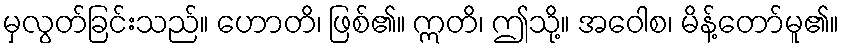
မှလွတ်ခြင်းသည်။ ဟောတိ၊ ဖြစ်၏။ ဣတိ၊ ဤသို့။ အဝေါစ၊ မိန့်တော်မူ၏။